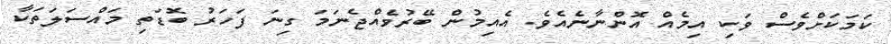
ކަމަކަށްވެސް ވަކި އިމެއް އޮންނާނެއެވެ. އެއިމުން ބޭރުވެއްޖެނަމަ ގިނަ ފަަހަރު ބޮޑަތި މައްސަލަތަކާ